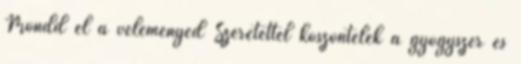
Mondd el a véleményed Szeretettel köszöntelek a gyógyszer és